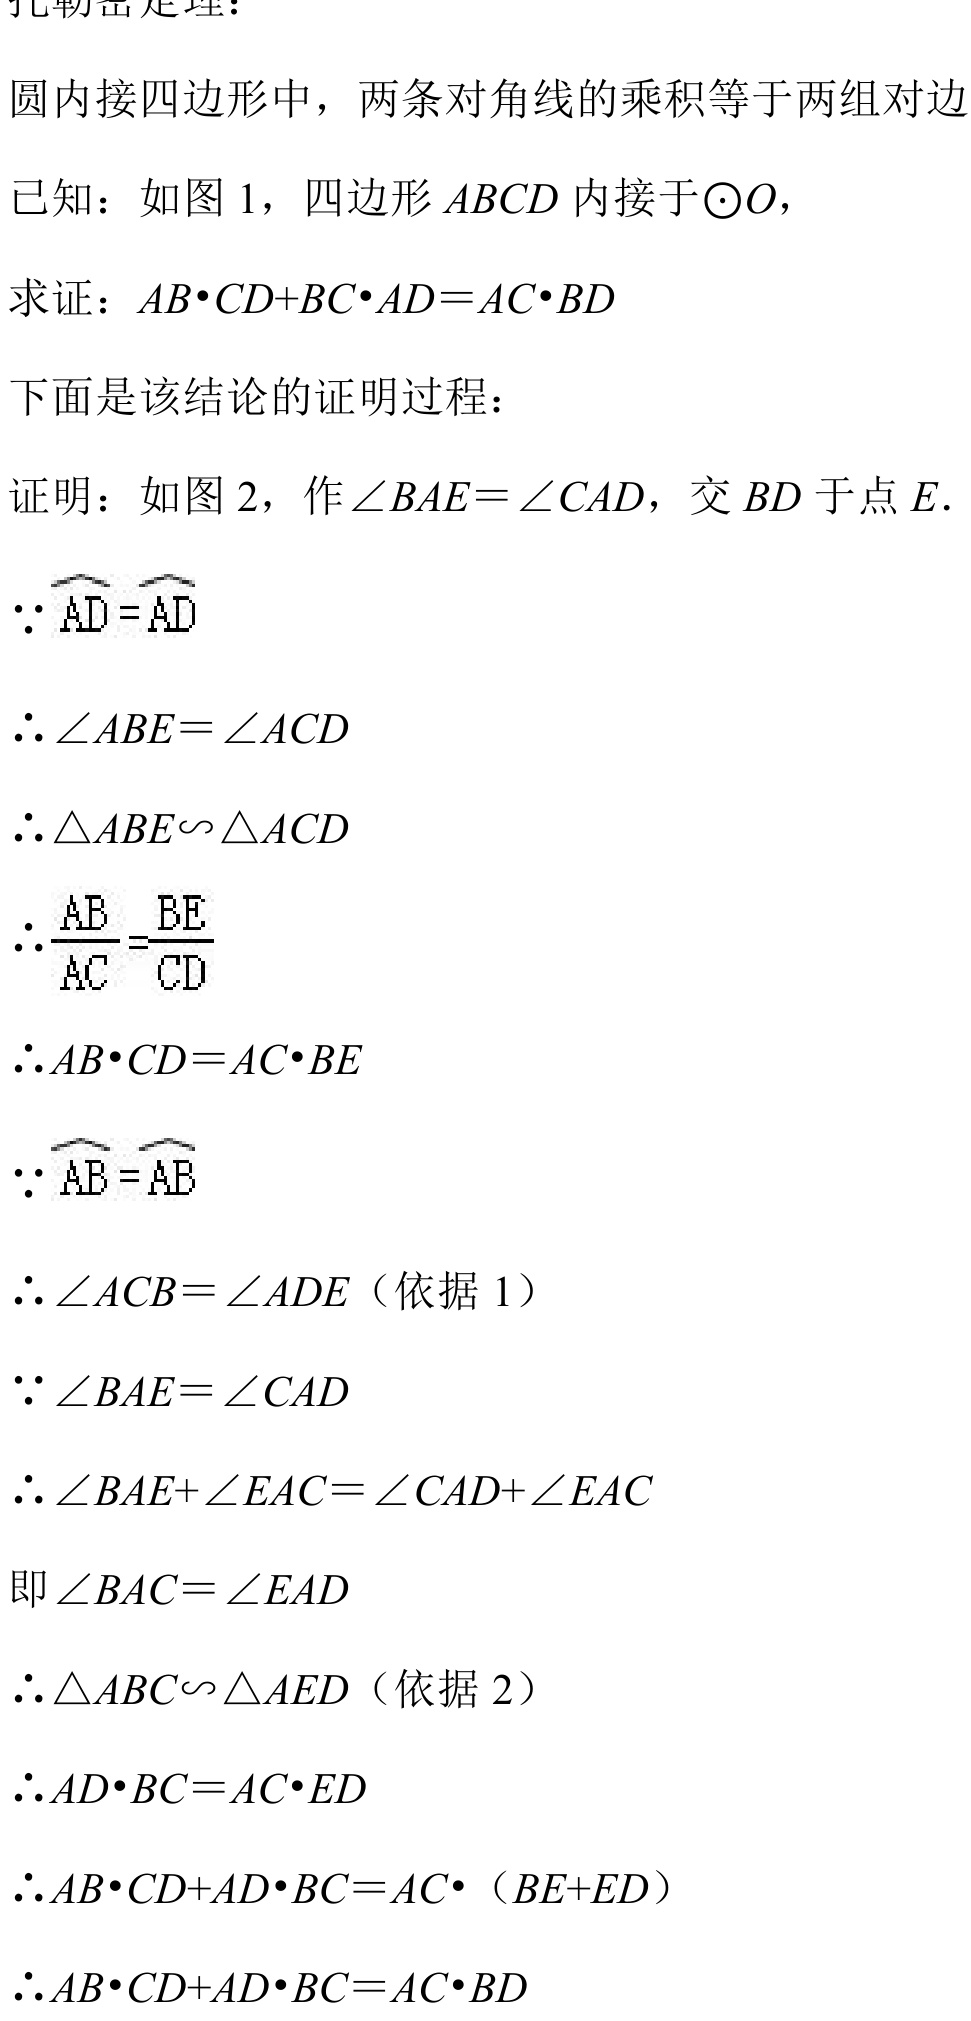
托勒密定理：
圆内接四边形中，两条对角线的乘积等于两组对边

已知：如图 1，四边形 \(ABCD\) 内接于\(\odot O\)，
求证：\(AB\cdot CD + BC\cdot AD=AC\cdot BD\)

下面是该结论的证明过程：
证明：如图 2，作\(\angle BAE = \angle CAD\)，交 \(BD\) 于点 \(E\).
\(\because\overset{\frown}{AD}=\overset{\frown}{AD}\)
\(\therefore\angle ABE=\angle ACD\)
\(\therefore\triangle ABE\sim\triangle ACD\)
\(\therefore\frac{AB}{AC}=\frac{BE}{CD}\)
\(\therefore AB\cdot CD = AC\cdot BE\)
\(\because\overset{\frown}{AB}=\overset{\frown}{AB}\)
\(\therefore\angle ACB=\angle ADE\)（依据 1）
\(\because\angle BAE = \angle CAD\)
\(\therefore\angle BAE+\angle EAC=\angle CAD+\angle EAC\)
即\(\angle BAC=\angle EAD\)
\(\therefore\triangle ABC\sim\triangle AED\)（依据 2）
\(\therefore AD\cdot BC = AC\cdot ED\)
\(\therefore AB\cdot CD+AD\cdot BC = AC\cdot (BE + ED)\)
\(\therefore AB\cdot CD+AD\cdot BC = AC\cdot BD\)